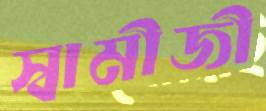
স্বামীজী